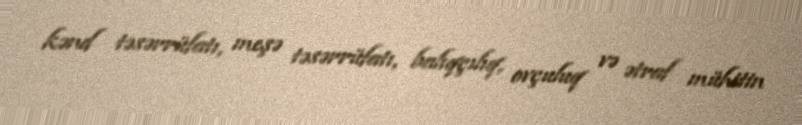
kənd təsərrüfatı, meşə təsərrüfatı, balıqçılıq, ovçuluq və ətraf mühitin